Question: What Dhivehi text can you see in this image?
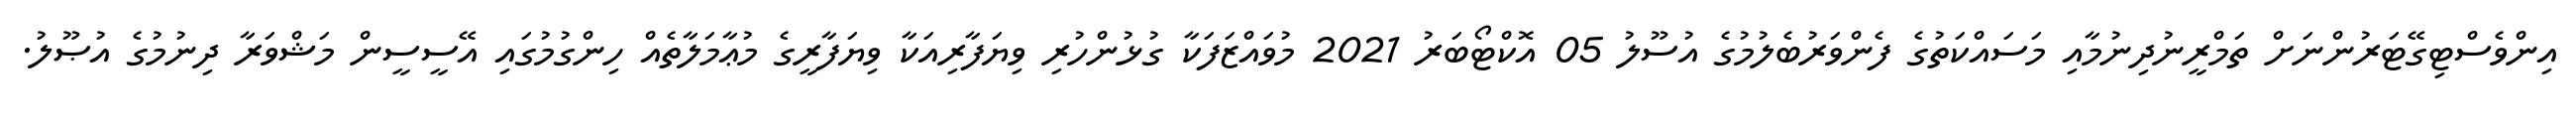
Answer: އިންވެސްޓިގޭޓަރުންނަށް ތަމްރީނުދިނުމާއި މަސައްކަތުގެ ފެންވަރުބެލުމުގެ އުސޫލު 05 އޮކްޓޯބަރު 2021 މުވައްޒަފަކާ ގުޅުންހުރި ވިޔަފާރިއަކާ ވިޔަފާރީގެ މުޢާމަލާތެއް ހިންގުމުގައި އޭސީސީން މަޝްވަރާ ދިނުމުގެ އުޞޫލު.